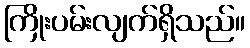
ကြိုးပမ်းလျက်ရှိသည်။